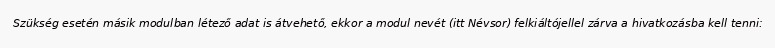
Szükség esetén másik modulban létező adat is átvehető, ekkor a modul nevét (itt Névsor) felkiáltójellel zárva a hivatkozásba kell tenni: